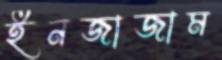
ইনজাজাম